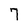
Character: 7